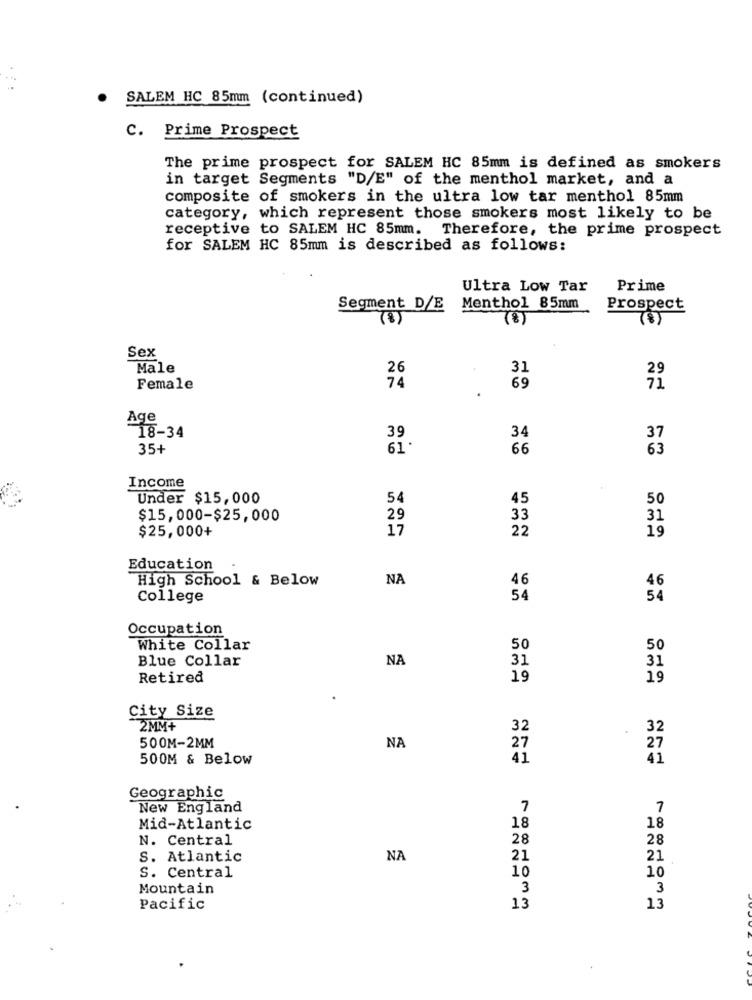
. SALEM HC 85mm (continued)
C. Prime Prospect
The prime prospect for SALEM HC 85mm is defined as smokers
in target Segments "D/E" of the menthol market, and a
composite of smokers in the ultra low tar menthol 85mm
category, which represent those smokers most likely to be
receptive to SALEM HC 85mm. Therefore, the prime prospect
for SALEM HC 85mm is described as follows:
Ultra Low Tar
Prime
Segment D/E
Menthol 85mm
Prospect
(8)
(8)
(8)
Sex
Male
26
.
31
74
Female
.
69
71
Age
18-34
39
34
37
35+
61.
66
63
Income
Under $15,000
54
45
50
$15,000-$25,000
29
33
31
$25,000+
17
22
19
Education
High School & Below
NA
46
46
College
54
54
Occupation
White Collar
50
50
Blue Collar
NA
31
31
Retired
19
19
City Size
2MM+
32
32
500M-2MM
NA
27
27
500M & Below
41
41
Geographic
New England
7
7
Mid-Atlantic
18
18
N. Central
28
28
S. Atlantic
NA
21
21
10
10
S. Central
Mountain
3
3
Pacific
13
13